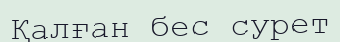
Қалған бес сурет